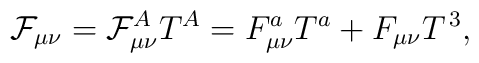
\mathcal{F}_{\mu \nu }=\mathcal{F}_{\mu \nu }^AT^A=F_{\mu \nu }^aT^a+F_{\mu\nu }T^{\,3},